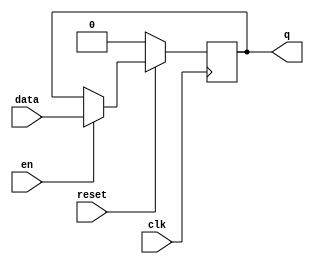
`timescale 1ns / 1ps

module dff_async_reset # (parameter WIDTH=1) (
data  , // Data Input
clk    , // Clock Input
reset , // Reset input 
en,     // Enable input
q         // Q output
);
//-----------Input Ports---------------
input [WIDTH-1:0] data;
input clk, reset, en ; 

//-----------Output Ports---------------
output reg [WIDTH-1:0] q;

//-------------Code Starts Here---------
always @ (posedge clk)
if (~reset) begin
  q <= 1'b0;
end  else begin
  if (en) q <= data;
  else q <= q;
end

endmodule //End Of Module dff_async_reset